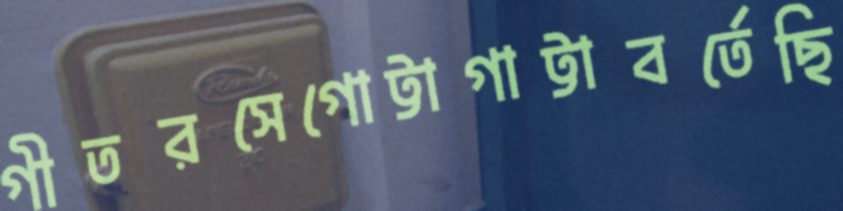
গীতরসেগোট্টাগাট্টাবর্তেছি